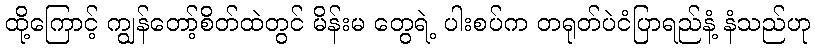
ထို့ကြောင့် ကျွန်တော့်စိတ်ထဲတွင် မိန်းမ တွေရဲ့ ပါးစပ်က တရုတ်ပဲငံပြာရည်နံ့ နံသည်ဟု